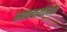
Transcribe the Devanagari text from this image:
सांप्रदायाच्या